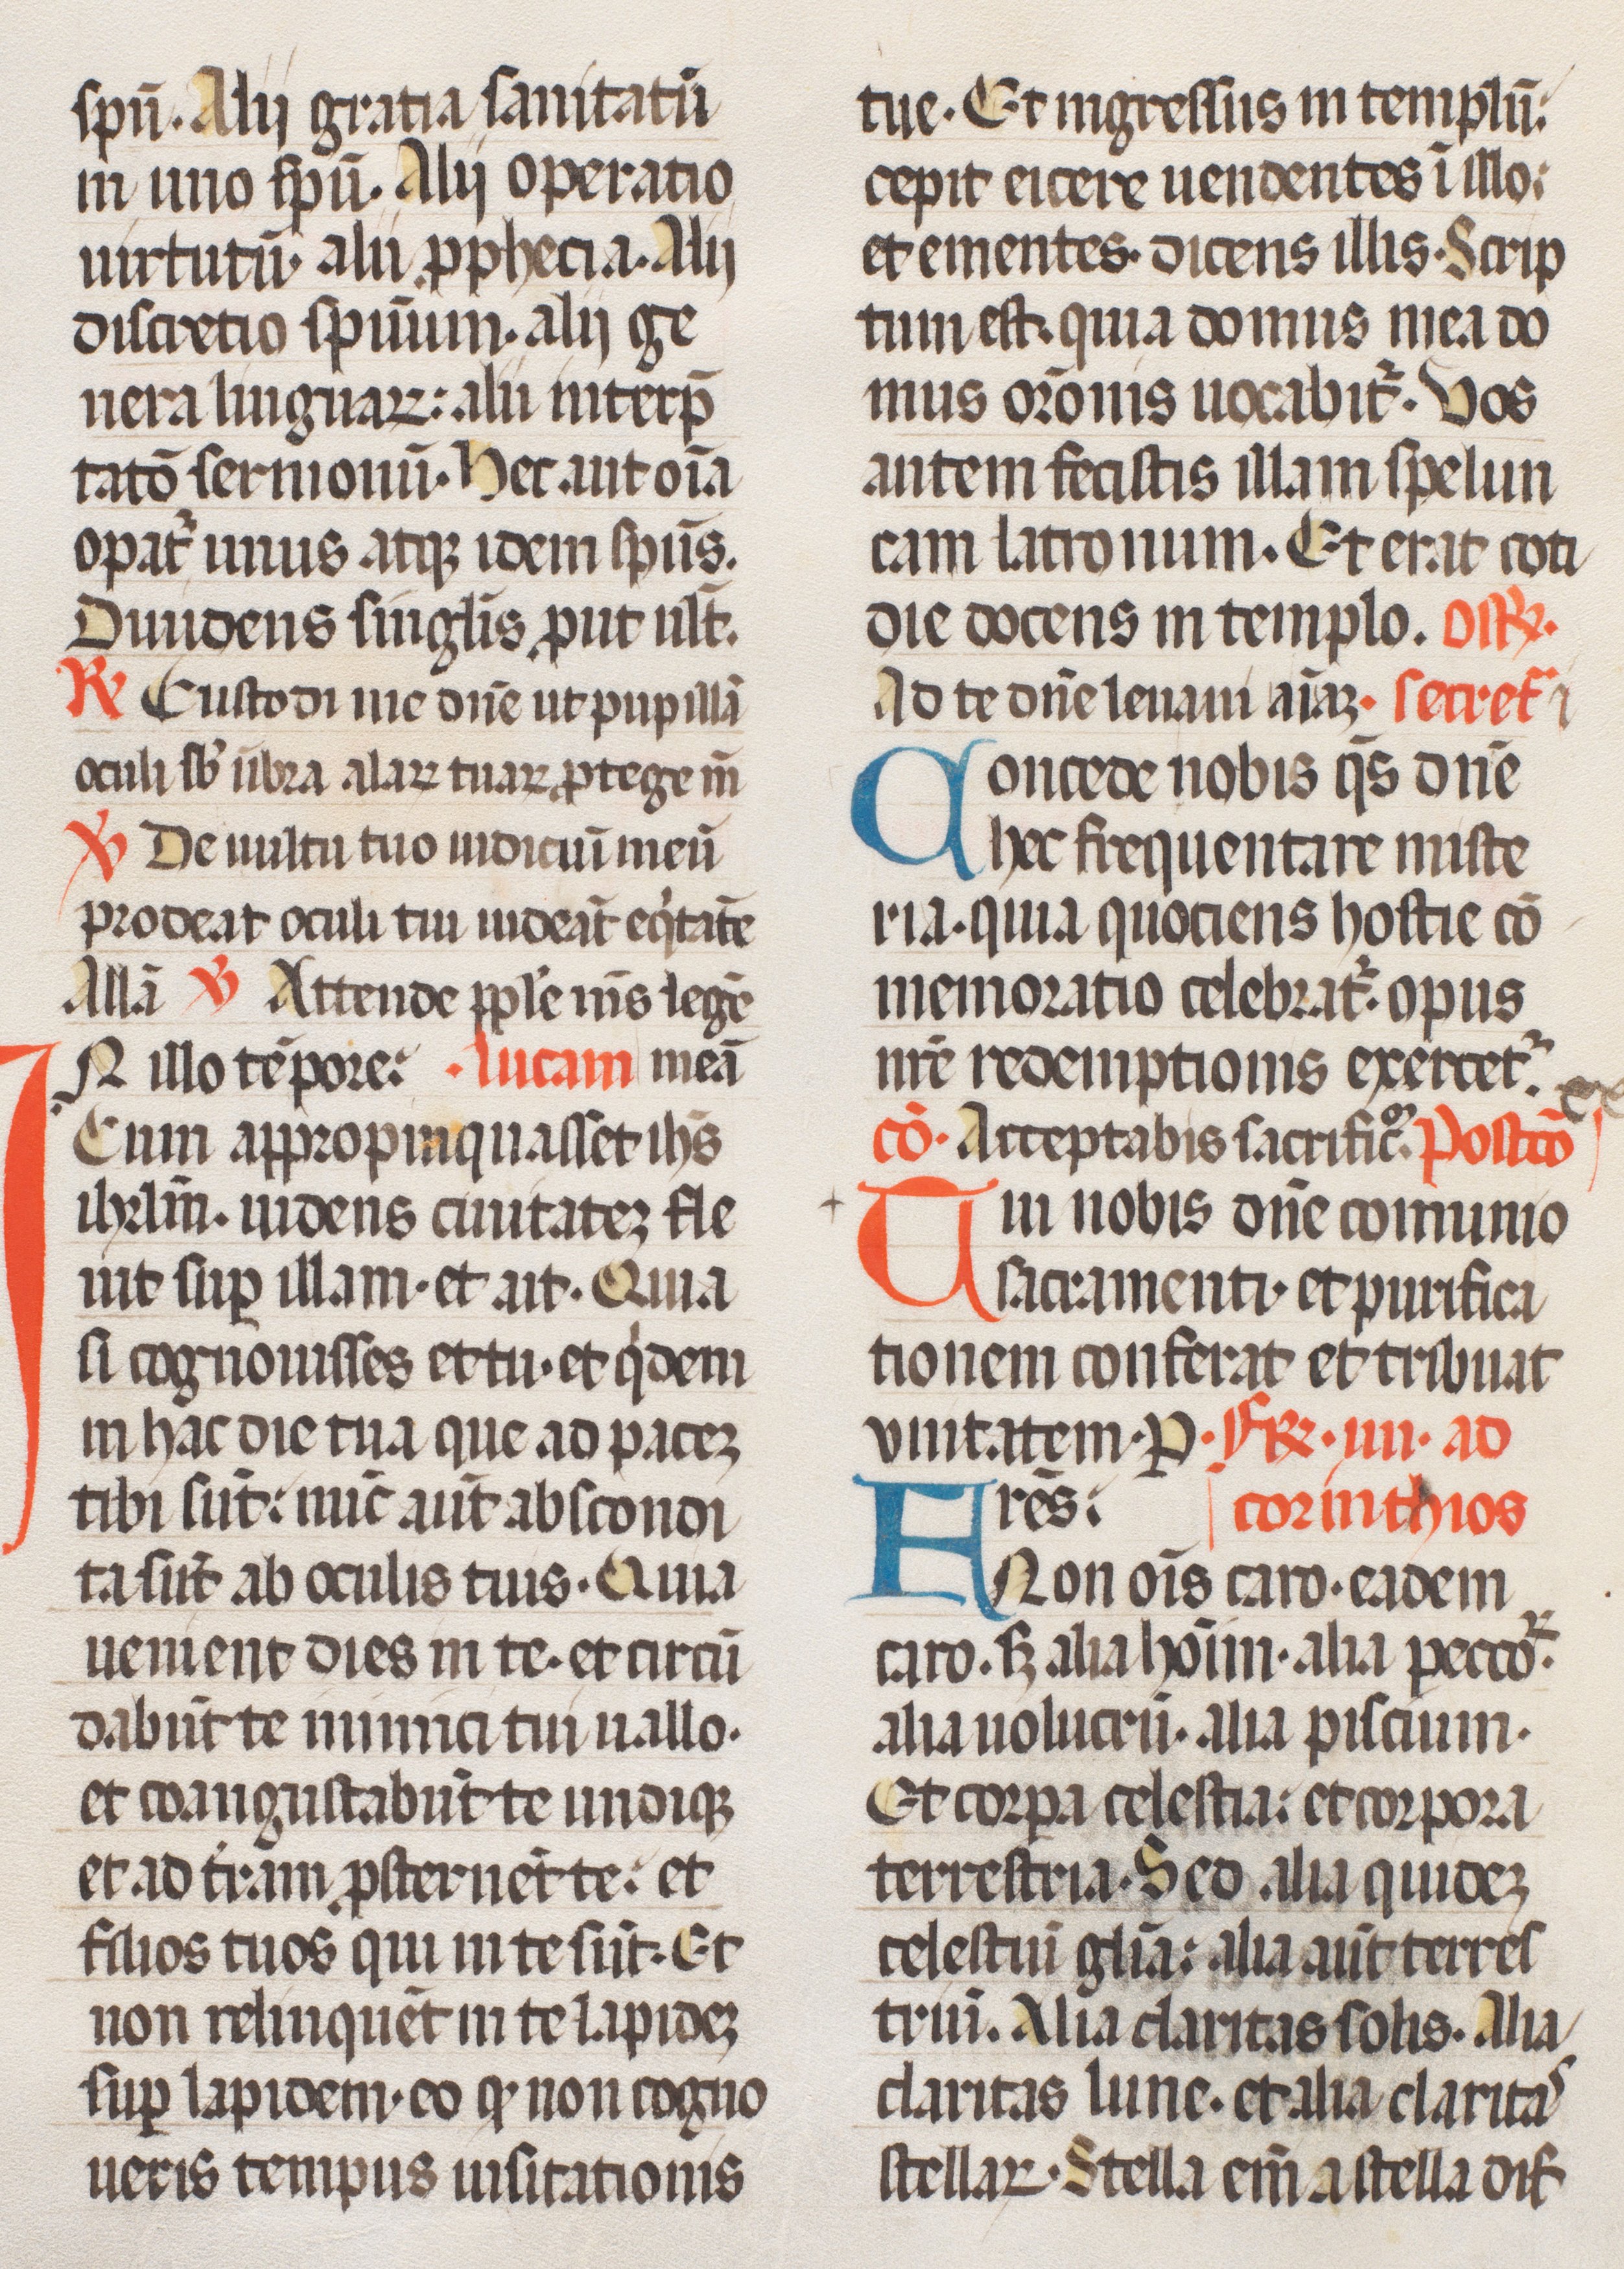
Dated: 1400–1499